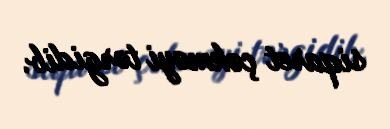
siqaret çəkməyi tərgidib.